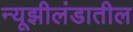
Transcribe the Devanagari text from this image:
न्यूझीलंडातील